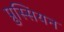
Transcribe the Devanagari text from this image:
प्रुस्सियन